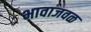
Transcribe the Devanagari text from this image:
भावाजवळ